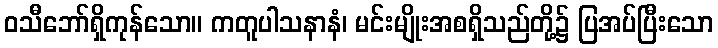
ဝသီဘော်ရှိကုန်သော။ ကတူပါသနာနံ၊ မင်းမျိုးအစရှိသည်တို့၌ ပြအပ်ပြီးသော